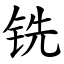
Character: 铣